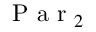
\mathrm { ~ P ~ a ~ r ~ } _ { 2 }